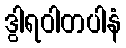
ဒွါရဝါတပါနံ